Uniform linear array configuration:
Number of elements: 64
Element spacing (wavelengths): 0.75
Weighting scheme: hamming
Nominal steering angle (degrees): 45
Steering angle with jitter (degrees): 46.223
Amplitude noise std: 0.05
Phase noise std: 0.05

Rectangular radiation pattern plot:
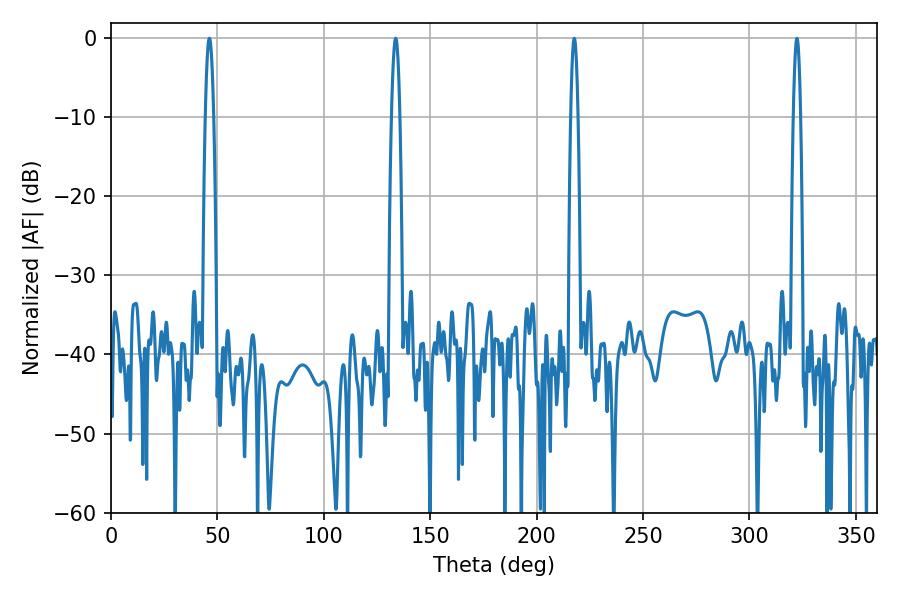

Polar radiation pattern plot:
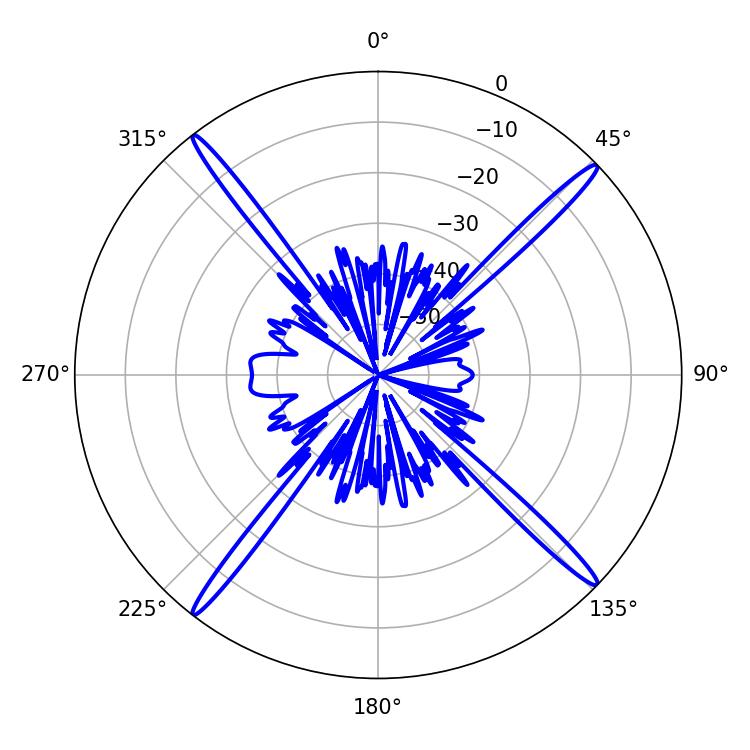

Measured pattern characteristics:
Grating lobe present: TRUE
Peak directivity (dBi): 21.119
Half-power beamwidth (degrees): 2.16
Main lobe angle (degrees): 46.26